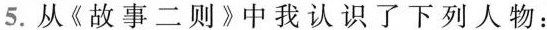
5.从《故事二则》中我认识了下列人物：